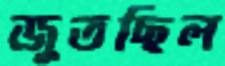
জুতছিল